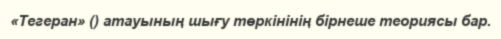
«Тегеран» () атауының шығу төркінінің бірнеше теориясы бар.